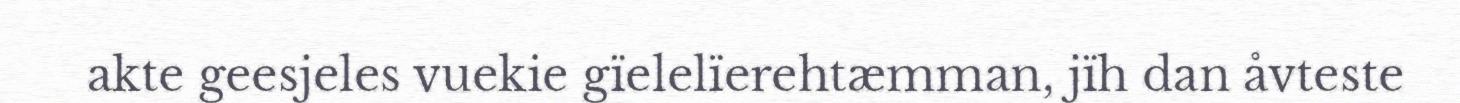
akte geesjeles vuekie gïelelïerehtæmman, jïh dan åvteste